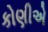
કોણીએ